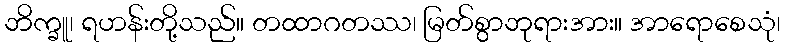
ဘိက္ခူ၊ ရဟန်းတို့သည်။ တထာဂတဿ၊ မြတ်စွာဘုရားအား။ အာရောစေသုံ၊